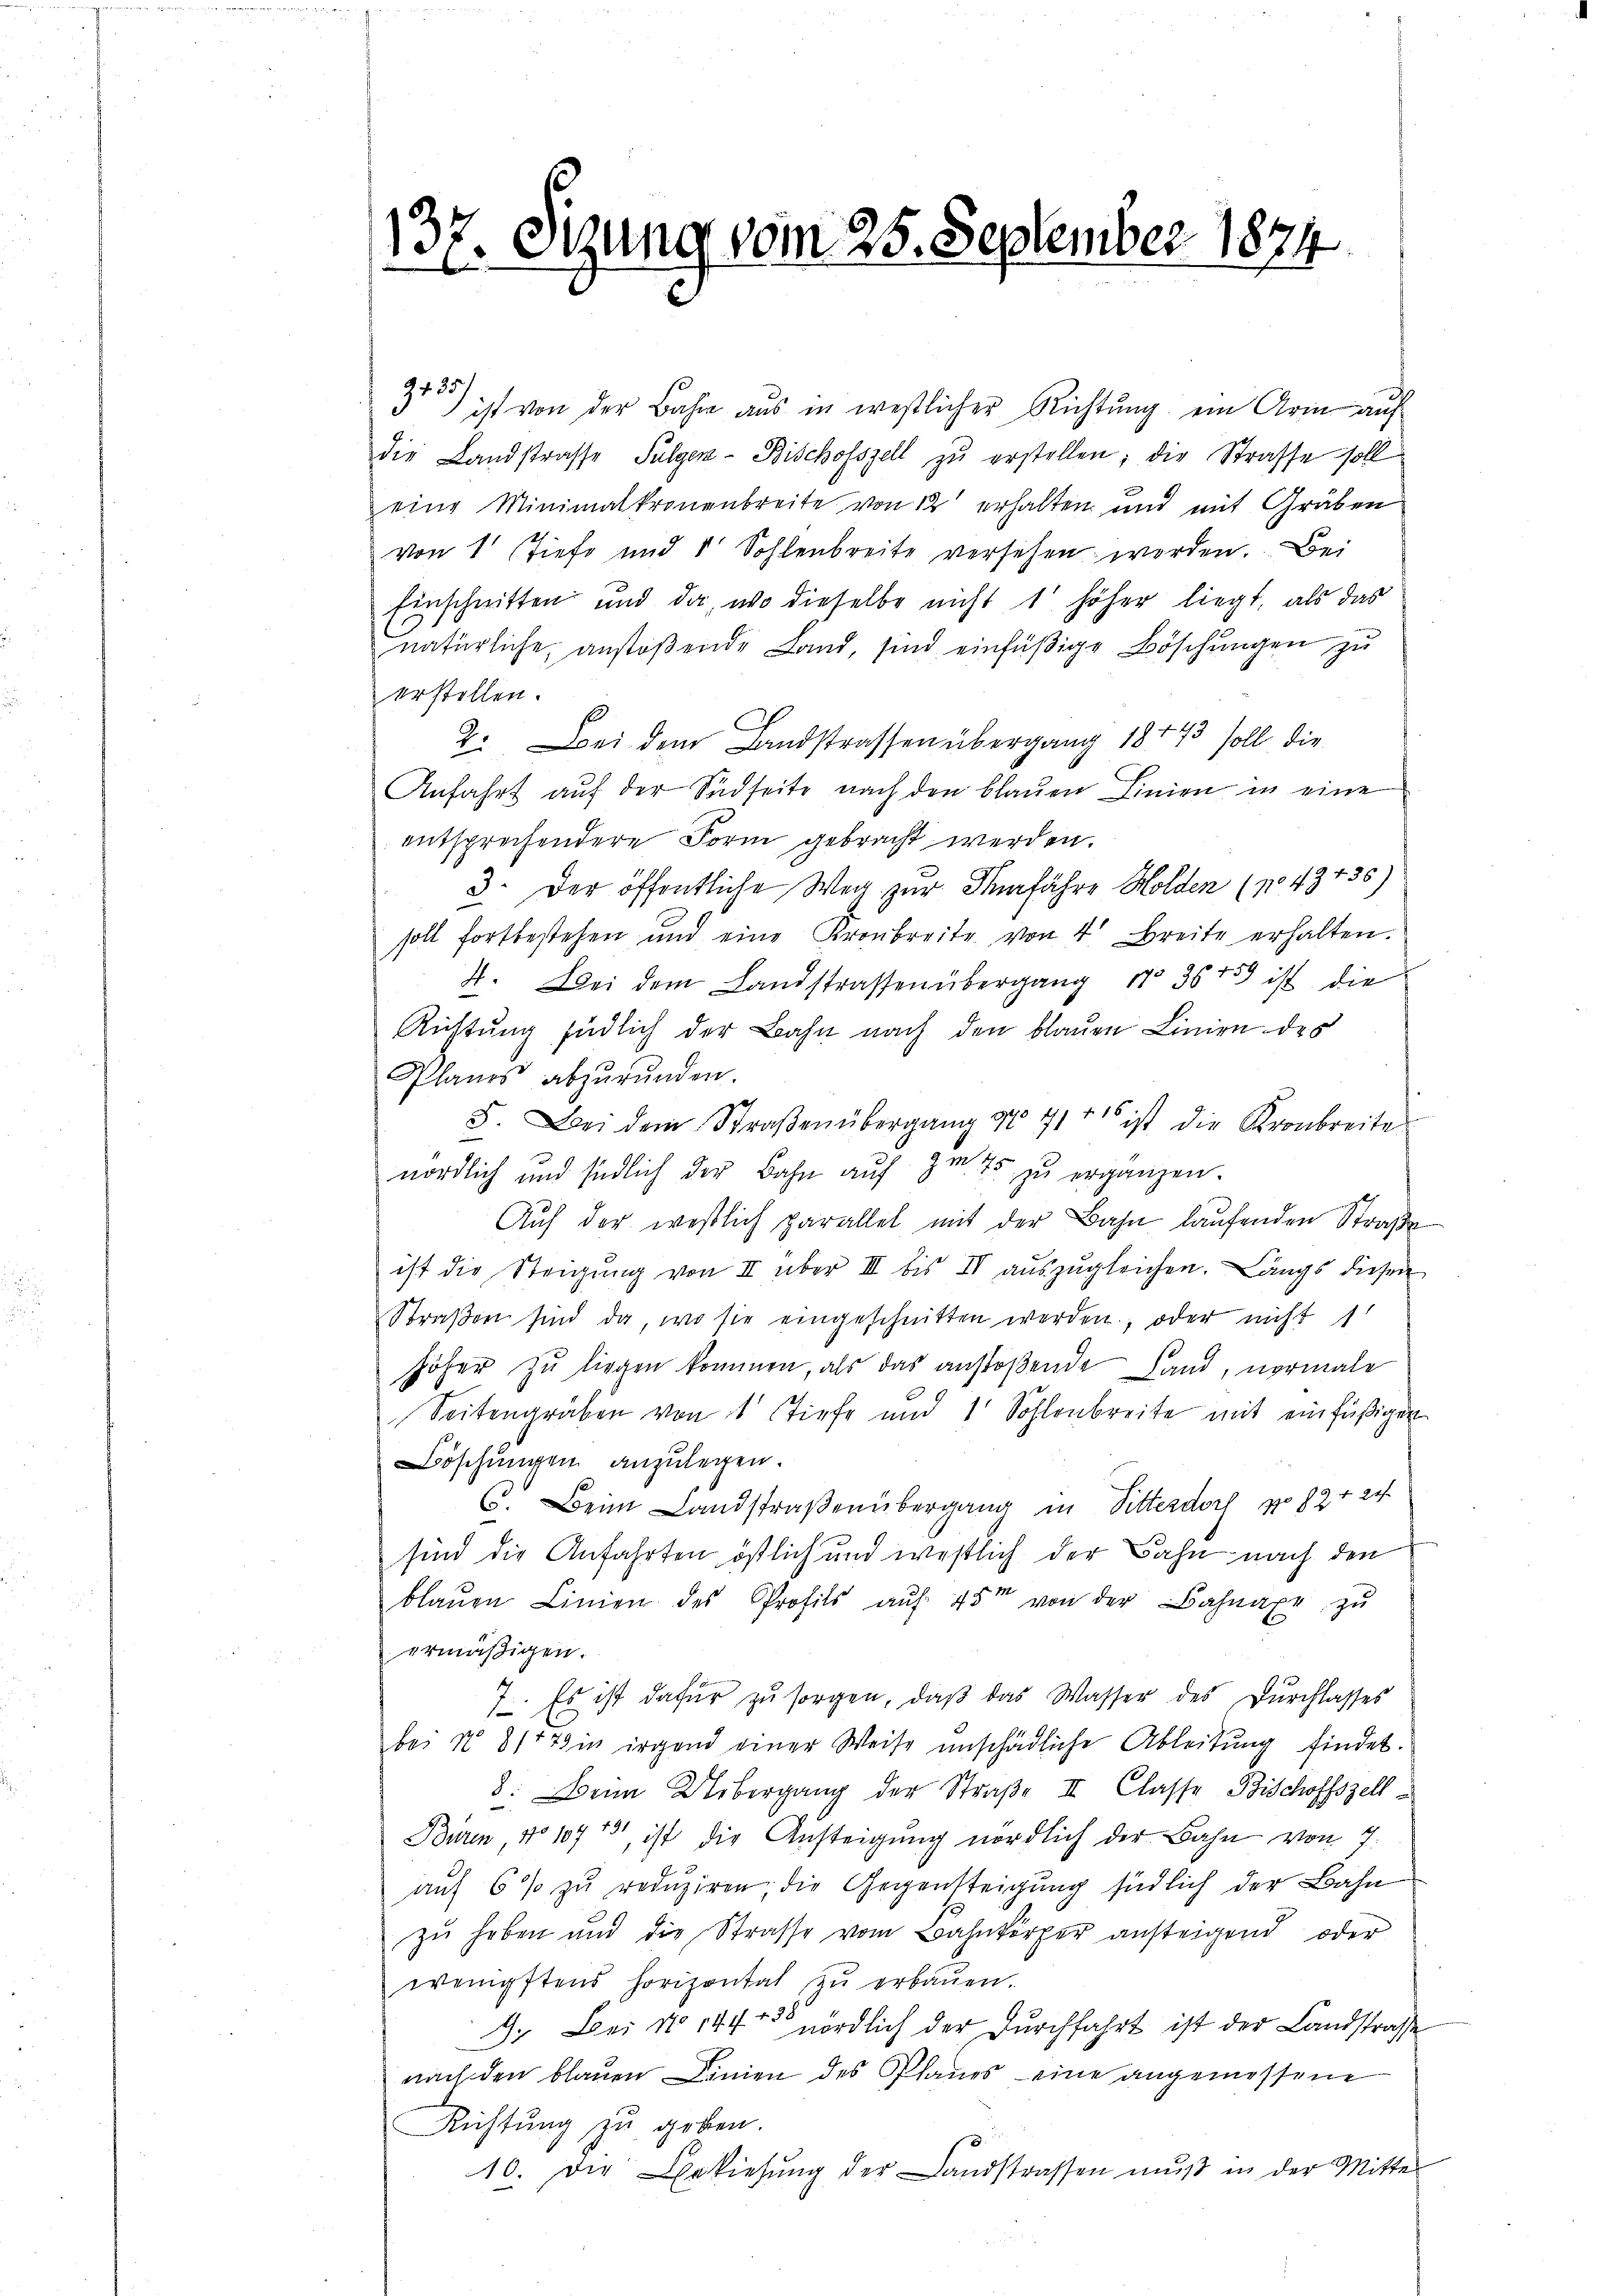
13
Otzung vom 25. September 1874.

35) ist von der Bahre aus in westlicher Richtŭng ein Arm auf
die Landstrasse Fulgen- Bischofszell zŭ erstellen; die Strasse soll
eine Minimalkronenbreite von 12 erhalten und mit Gräben
von 1 Tiefe und 1 Sohlenbreite versehen worden. Bei
Einschnitten und da, wo dieselbe nicht 1 höher liegt, als das
natürliche, anstoβende Land, sind einfäßige Böschŭngen zu
erstellen.
2. Bei dem Landstrassen übergang 18143 soll die
Anfahrt auf der Südseite nach den blauen Linien in eine
entsprechendere Form gebracht werden.
3. Der öffentliche Weg zur Verfahre Holden (No. 43735)
soll fortbestehen und eine Kronbreite von 4 Breite erhalten.
4. Bei dem Landstrassen übergang No 36 459 ist die
Rüstung südlich der Bahn nach den blauen Linien des
Planes abzŭrŭnden.
5. Bei dem Straβenübergang No 71 rt ist die Kronbreite
nördlich und südlich der Bahn auf 3m 75 zu ergänzen.
Auf der westlich parallel mit der Bahn laufenden Straße
ist die Steigŭng von II über III bis IV aŭszŭgleichen. Längs diesen
Straßen sind da, wo sie eingeschnitten werden, oder nicht 1
höher zu liegen kommen, als das anstoßende Land, normale
Seitengräben von 1 Stiefe und 1 Sohlenbreite mit einfüßigen
Böschungen anzulegen.
C. Beim Landstraßenübergang in Sitterdorf zu 824 2
sind die Anfahrten östlich und westlich der Bahn nach den
blaŭen Linien des Profils aŭf 45 von der Bahnaxe zŭ
ermäßigen.
7. Es ist dafür zu sorgen, daß das Wasser des Durchlasses
bei No 8177 in irgend einer Weise unschädliche Ableitung findet.
8. Beim Uebergang der Straße II. Classe Bischoffszell¬
Buren No 10723, ist die Ansteigung nördlich der Bahn von 7:
auf 6 % zu reduziren, die Gegensteigung südlich der Bahn
zŭ haben und die Strasse vom Bahnkörper ansteigend oder
wenigstens horizontat zŭ erbaŭen.
3. Bei No 144 nördlich der Durchfahrt ist der Landstrasse
nach den blauen Linien des Planes eine angemessene
Richtung zu geben.
10. Die Bekiesŭng der Landstrassen mŭβ in der Mitter